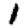
Digit: 1